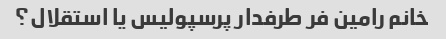
خانم رامین فر طرفدار پرسپولیس یا استقلال؟